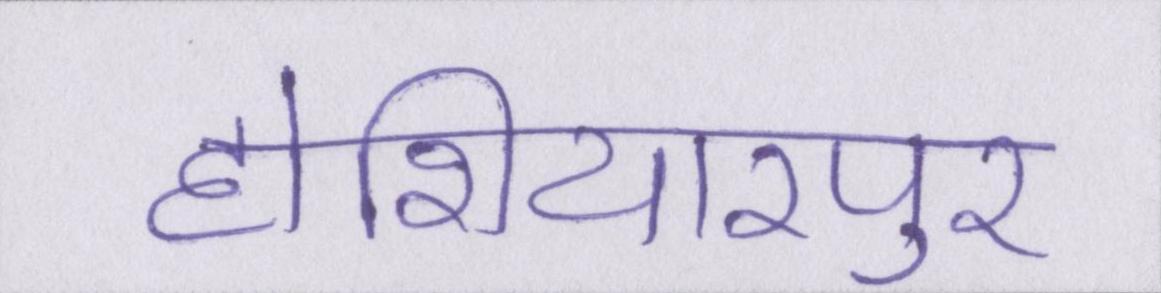
होशियारपुर